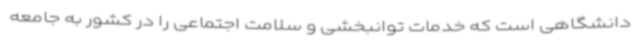
دانشگاهی است که خدمات توانبخشی و سلامت اجتماعی را در کشور به جامعه